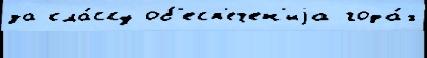
за кла́ссу об'есп'ечен'иjа года́х